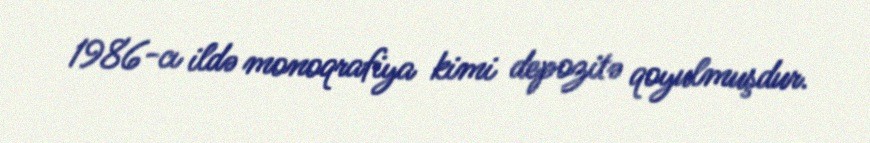
1986-cı ildə monoqrafiya kimi depozitə qoyulmuşdur.